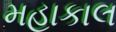
મહાકાલ